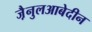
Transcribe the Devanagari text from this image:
जै़नुलआबेदीन